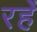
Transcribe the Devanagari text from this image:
रहेँ